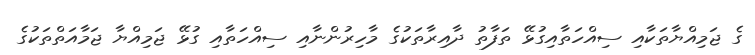
ގެ ޖަމިއްޔާތަކާއި ސިއްހަތާއިގުޅޭ ތަފާތު ދާއިރާތަކުގެ މާހިރުންނާއި ސިއްހަތާއި ގުޅޭ ޖަމިއްޔާ ޖަމާއަތްތަކުގެ